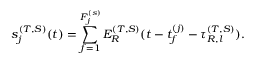
s _ { j } ^ { ( T , S ) } ( t ) = \sum _ { f = 1 } ^ { F _ { j } ^ { ( s ) } } E _ { R } ^ { ( T , S ) } ( t - t _ { f } ^ { ( j ) } - \tau _ { R , l } ^ { ( T , S ) } ) .